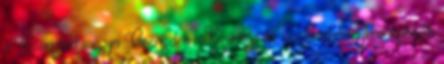
a Csongrád megyei Csengelén. Kizárólag itt és Jászberényben működik